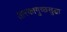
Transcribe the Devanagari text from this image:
तारकागुच्छसुद्धा